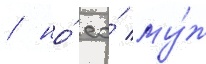
/ но́ ео́ му́ж